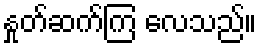
နှုတ်ဆက်ကြ လေသည်။